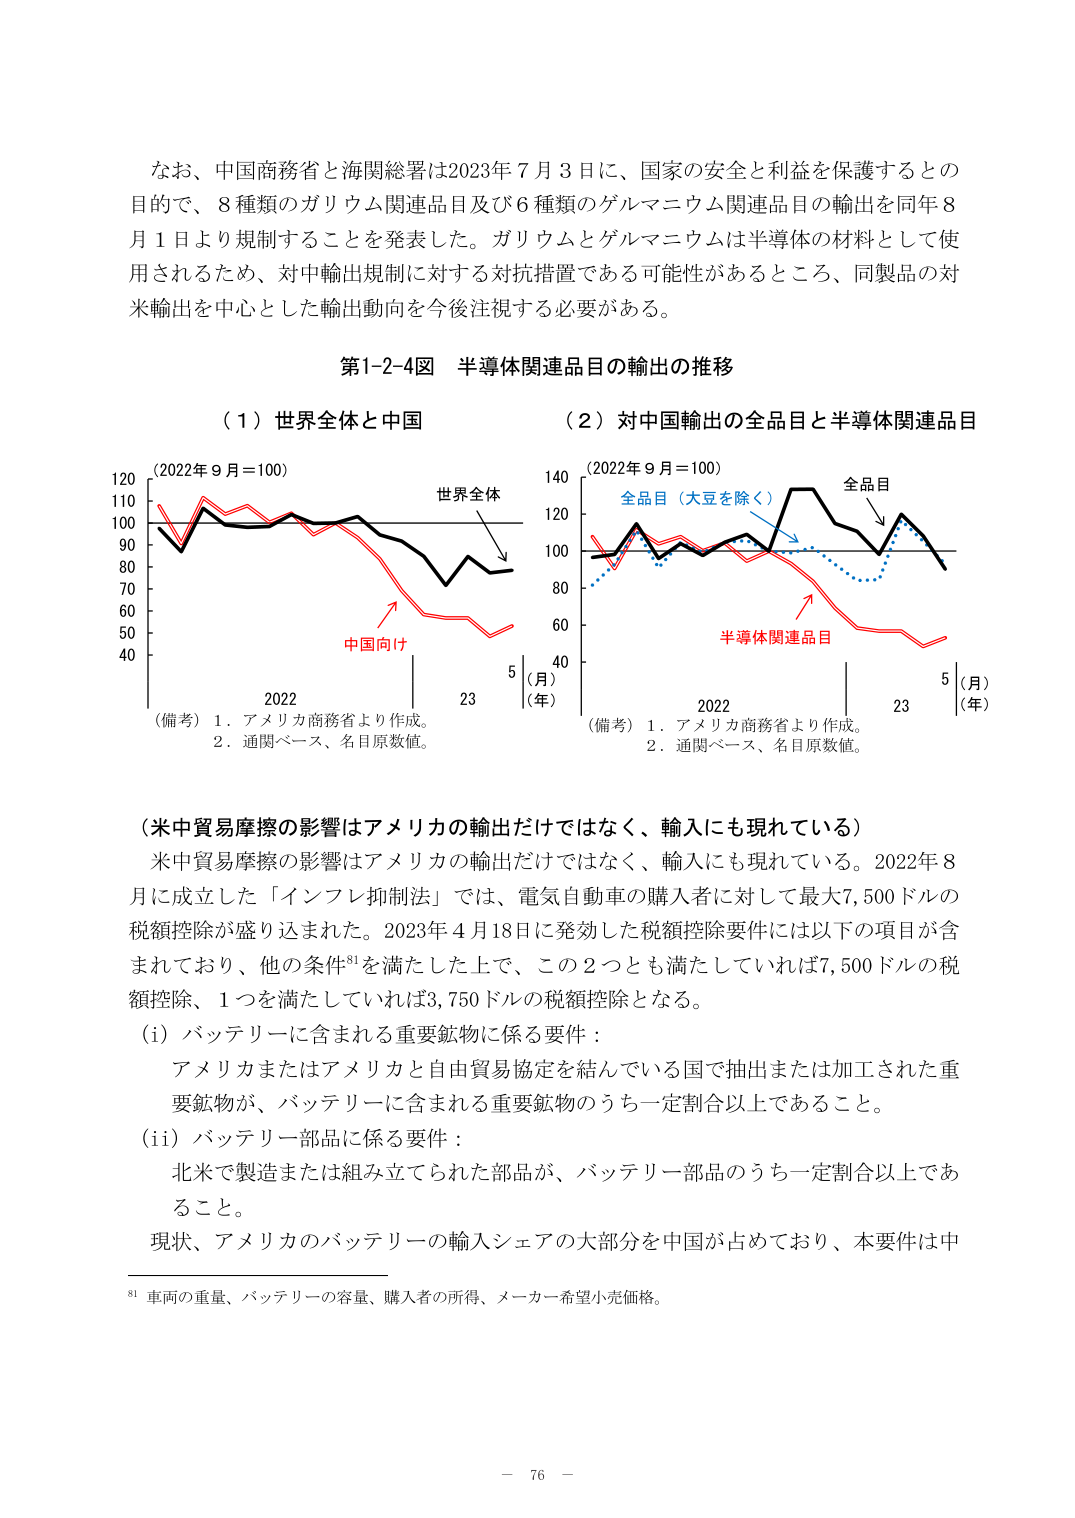
なお、中国商務省と海関総署は2023年7月3日に、国家の安全と利益を保護するとの目的で、8種類のガリウム関連品目及び6種類のゲルマニウム関連品目の輸出を同年8月1日より規制することを発表した。ガリウムとゲルマニウムは半導体の材料として使用されるため、対中輸出規制に対する対抗措置である可能性があるところ、同製品の対米輸出を中心とした輸出動向を今後注視する必要がある。

第1-2-4図 半導体関連品目の輸出の推移

（1）世界全体と中国
（2）対中国輸出の全品目と半導体関連品目

（2022年9月＝100）
世界全体
中国向け
2022 23
（月）
（年）
（備考）1．アメリカ商務省より作成。
2．通関ベース、名目原数値。

（2022年9月＝100）
全品目（大豆を除く）
全品目
半導体関連品目
2022 23
（月）
（年）
（備考）1．アメリカ商務省より作成。
2．通関ベース、名目原数値。

（米中貿易摩擦の影響はアメリカの輸出だけではなく、輸入にも現れている）
米中貿易摩擦の影響はアメリカの輸出だけではなく、輸入にも現れている。2022年8月に成立した「インフレ抑制法」では、電気自動車の購入者に対して最大7,500ドルの税額控除が盛り込まれた。2023年4月18日に発効した税額控除要件には以下の項目が含まれており、他の条件⁸¹を満たした上で、この2つとも満たしていれば7,500ドルの税額控除、1つを満たしていれば3,750ドルの税額控除となる。

（i）バッテリーに含まれる重要鉱物に係る要件：
アメリカまたはアメリカと自由貿易協定を結んでいる国で抽出または加工された重要鉱物が、バッテリーに含まれる重要鉱物のうち一定割合以上であること。

（ii）バッテリー部品に係る要件：
北米で製造または組み立てられた部品が、バッテリー部品のうち一定割合以上であること。

現状、アメリカのバッテリーの輸入シェアの大部分を中国が占めており、本要件は中

⁸¹ 車両の重量、バッテリーの容量、購入者の所得、メーカー希望小売価格。

－ 76 －